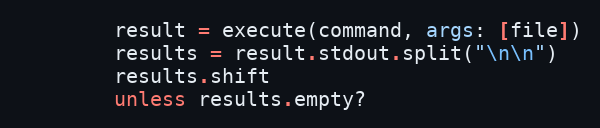
Language: Ruby
        result = execute(command, args: [file])
        results = result.stdout.split("\n\n")
        results.shift
        unless results.empty?